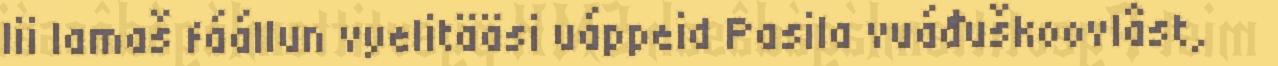
lii lamaš fáállun vyelitääsi uáppeid Pasila vuáđuškoovlâst,